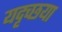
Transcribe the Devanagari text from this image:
यदृच्छया